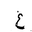
Letter: _gayn